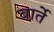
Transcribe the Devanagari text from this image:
बार्ते